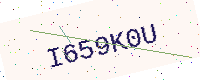
Text: I659K0U